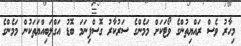
މިހާރު ވެސް ރައްޔިތުންގެ ވޯޓަކަށް މަމެންގެ ސަރުކާރު ގޮސްފިނަމަ ބޮޑު އަގްލަބިއްޔަތަކުން މަމެންގެ